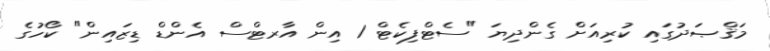
މަޤްޞަދުގައި ކުރިއަށް ގެންދިޔަ "ސެޓްފިކެޓް 1 އިން އާރޓްސް އެންޑް ޑިޒައިން" ކޯހުގެ